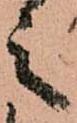
之